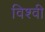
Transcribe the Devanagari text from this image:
विश्वी